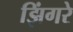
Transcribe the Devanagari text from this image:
झिंगरे